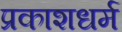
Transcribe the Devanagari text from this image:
प्रकाशधर्म